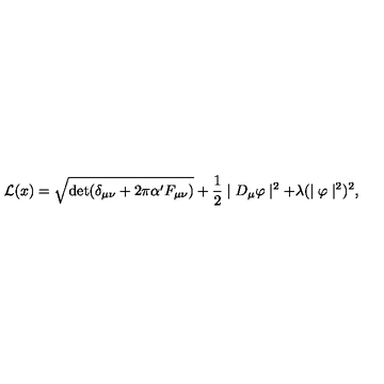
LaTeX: { \cal L } ( x ) = \sqrt { \mathrm { d e t } ( \delta _ { \mu \nu } + 2 \pi \alpha ^ { \prime } F _ { \mu \nu } ) } + \frac { 1 } { 2 } \mid D _ { \mu } \varphi \mid ^ { 2 } + \lambda ( \mid \varphi \mid ^ { 2 } ) ^ { 2 } ,